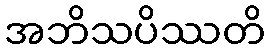
အဘိသပိဿတိ